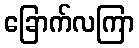
ခြောက်လကြာ